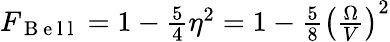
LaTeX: \begin{array}{r}{F_{\mathrm{~B~e~l~l~}}=1-\frac{5}{4}\eta^{2}=1-\frac{5}{8}\left(\frac{\Omega}{V}\right)^{2}}\end{array}